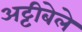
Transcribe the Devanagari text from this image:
अट्टीबेले